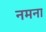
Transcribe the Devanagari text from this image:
नमना